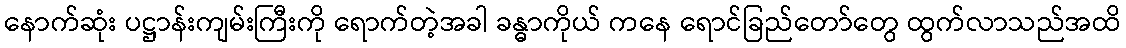
နောက်ဆုံး ပဋ္ဌာန်းကျမ်းကြီးကို ရောက်တဲ့အခါ ခန္ဓာကိုယ် ကနေ ရောင်ခြည်တော်တွေ ထွက်လာသည်အထိ